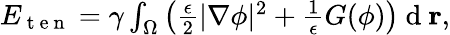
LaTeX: \begin{array}{r}{E_{\mathrm{~t~e~n~}}=\gamma\int_{\Omega}\left(\frac{\epsilon}{2}|\nabla\phi|^{2}+\frac{1}{\epsilon}G(\phi)\right)\mathrm{~d~}\mathbf{r},}\end{array}